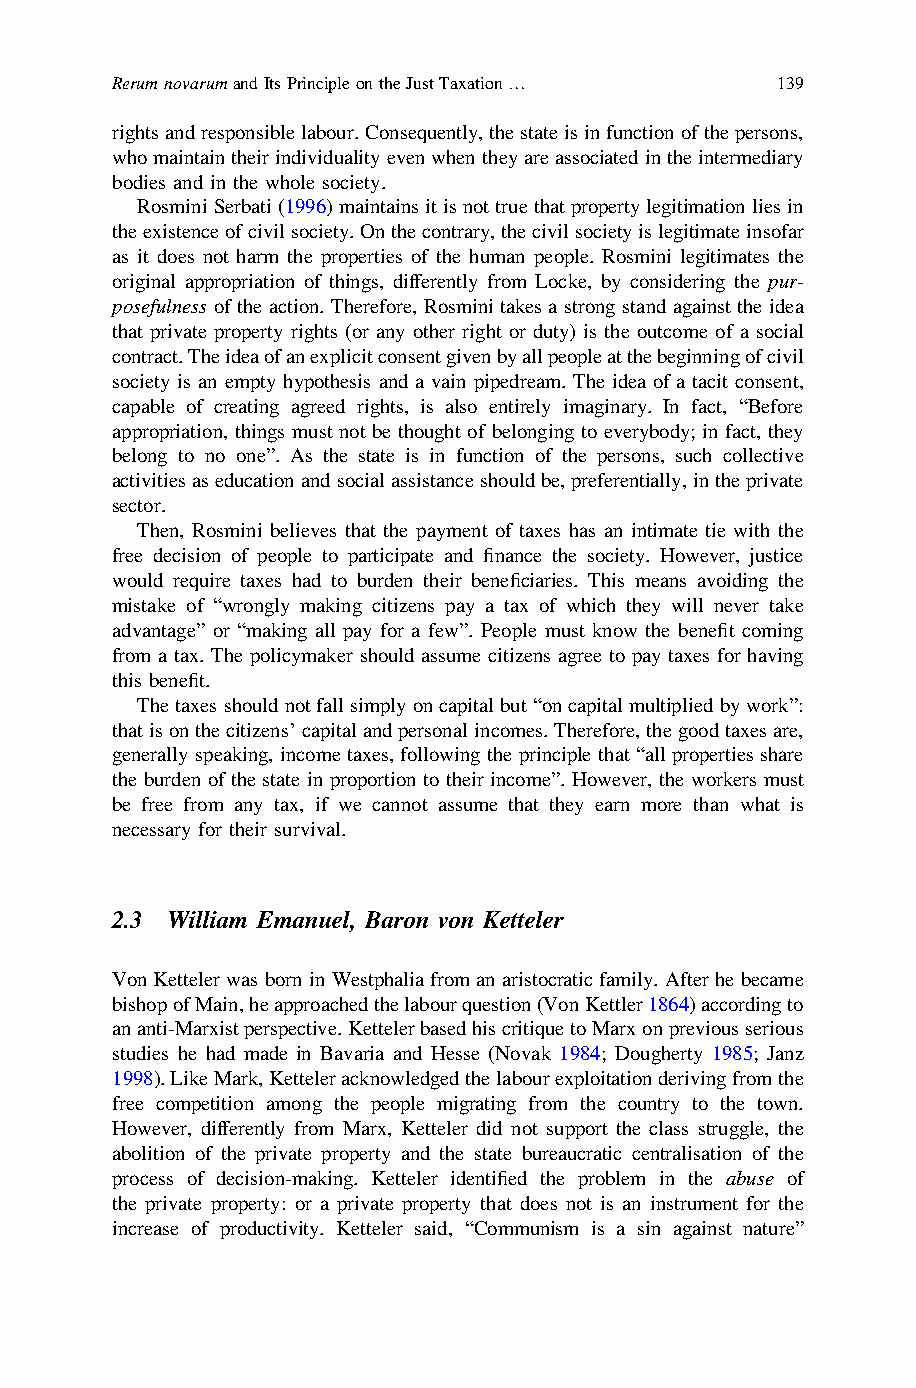
RerumnovarumandItsPrincipleontheJustTaxation… 139
 rightsandresponsiblelabour.Consequently,thestateisinfunctionofthepersons,
 whomaintaintheirindividualityevenwhentheyareassociatedintheintermediary
 bodies and in the whole society.
 Rosmini Serbati (1996) maintains it is not true that property legitimation lies in
 theexistenceofcivilsociety.Onthecontrary,thecivilsocietyislegitimateinsofar
 as it does not harm the properties of the human people. Rosmini legitimates the
 original appropriation of things, differently from Locke, by considering the pur-
 posefulness of the action. Therefore, Rosmini takes a strong stand against the idea
 that private property rights (or any other right or duty) is the outcome of a social
 contract.Theideaofanexplicitconsentgivenbyallpeopleatthebeginningofcivil
 society is an empty hypothesis and a vain pipedream. The idea of a tacit consent,
 capable of creating agreed rights, is also entirely imaginary. In fact, “Before
 appropriation, things must not be thought of belonging to everybody; in fact, they
 belong to no one”. As the state is in function of the persons, such collective
 activitiesaseducationandsocialassistanceshouldbe,preferentially,intheprivate
 sector.
 Then, Rosmini believes that the payment of taxes has an intimate tie with the
 free decision of people to participate and finance the society. However, justice
 would require taxes had to burden their beneficiaries. This means avoiding the
 mistake of “wrongly making citizens pay a tax of which they will never take
 advantage” or “making all pay for a few”. People must know the benefit coming
 from a tax. The policymaker should assume citizens agree to pay taxes for having
 this benefit.
 Thetaxesshouldnotfallsimplyoncapitalbut“oncapitalmultipliedbywork”:
 thatisonthecitizens’capitalandpersonalincomes.Therefore,thegoodtaxesare,
 generally speaking, income taxes, following the principle that “all properties share
 the burden of the state in proportion to their income”. However, the workers must
 be free from any tax, if we cannot assume that they earn more than what is
 necessary for their survival.
 2.3 William Emanuel, Baron von Ketteler
 Von Ketteler was born in Westphalia from an aristocratic family. After he became
 bishopofMain,heapproachedthelabourquestion(VonKettler1864)accordingto
 ananti-Marxistperspective.KettelerbasedhiscritiquetoMarxonpreviousserious
 studies he had made in Bavaria and Hesse (Novak 1984; Dougherty 1985; Janz
 1998).LikeMark,Ketteleracknowledgedthelabourexploitationderivingfromthe
 free competition among the people migrating from the country to the town.
 However, differently from Marx, Ketteler did not support the class struggle, the
 abolition of the private property and the state bureaucratic centralisation of the
 process of decision-making. Ketteler identified the problem in the abuse of
 the private property: or a private property that does not is an instrument for the
 increase of productivity. Ketteler said, “Communism is a sin against nature”